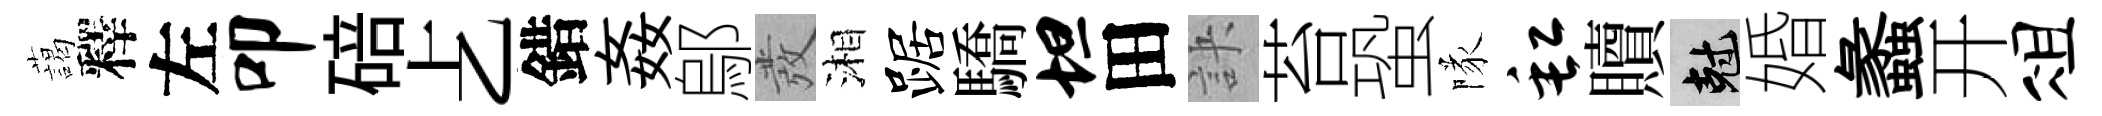
藹釋左叩碚𠧒錯姦鄔發湘踞驕坦田訣苔蛩隊缸贖剋婚蠡开俎